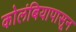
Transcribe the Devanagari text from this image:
कोलंबियापासून